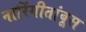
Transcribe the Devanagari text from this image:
नारिंगीतांबूस